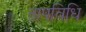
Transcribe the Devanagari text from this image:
तापविधि